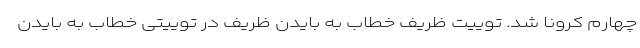
چهارم کرونا شد. توییت ظریف خطاب به بایدن ظریف در توییتی خطاب به بایدن